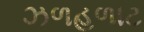
ઝળહળાટ